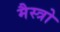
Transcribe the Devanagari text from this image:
मैस्त्रो